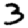
Digit: 3